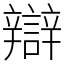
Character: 辯